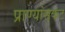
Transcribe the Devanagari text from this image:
प्राण्यांसकट